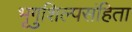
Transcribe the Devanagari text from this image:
भृगुशिल्पसंहिता